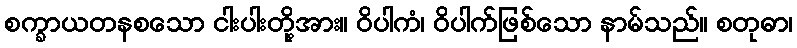
စက္ခာယတနစသော ငါးပါးတို့အား။ ဝိပါကံ၊ ဝိပါက်ဖြစ်သော နာမ်သည်။ စတုဓာ၊